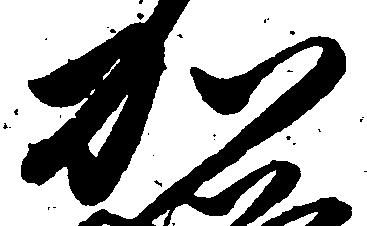
加